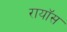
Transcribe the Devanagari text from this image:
रायॉस